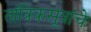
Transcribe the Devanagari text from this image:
तांत्रिकसूत्रांचे